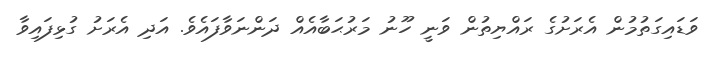
ވަޑައިގަތުމުން އެރަށުގެ ރައްޔިތުން ވަނީ ހޫނު މަރުޙަބާއެއް ދަންނަވާފައެވެ. އަދި އެރަށު ގުޅިފައިވާ